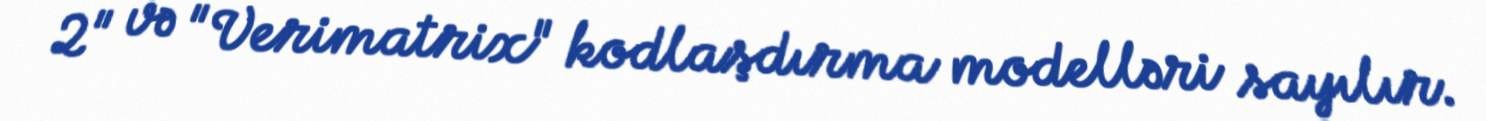
2" və "Verimatrix" kodlaşdırma modelləri sayılır.